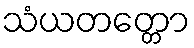
သံယတတ္တော